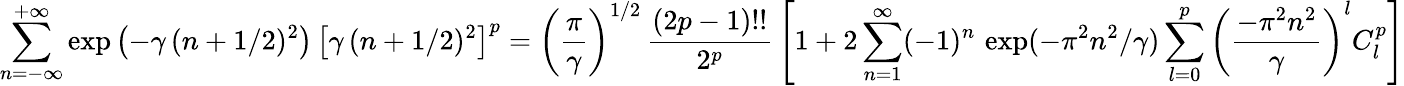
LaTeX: \sum_{n=-\infty}^{+\infty}\exp\left(-\gamma\, (n+1/2)^{2}\right)\, \left[\gamma\, (n+1/2)^{2}\right]^{p}=\left({\frac{\pi}{\gamma}}\right)^{1/2}\, {\frac{(2p-1)!!}{2^{p}}}\left[1+2\sum_{n=1}^{\infty}(-1)^{n}\, \exp(-\pi^{2}n^{2}/\gamma)\sum_{l=0}^{p}\left({\frac{-\pi^{2}n^{2}}{\gamma}}\right)^{l}C_{l}^{p}\right]